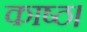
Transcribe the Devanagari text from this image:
काष्ठ।